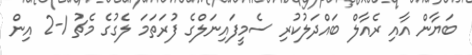
ބަޔާން އާއި ރެއާލް ބައްދަލުކުރި ސެމީފައިނަލްގެ ފުރަތަމަ ލެގުގެ މެޗު 1-2 އިން